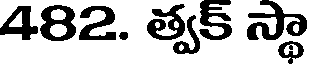
482. త్వక్ స్థా